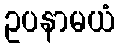
ဥပနာမယံ